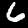
Label: 6